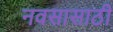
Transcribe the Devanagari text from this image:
नवसासाठी